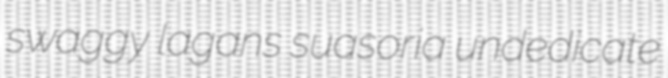
swaggy lagans suasoria undedicate